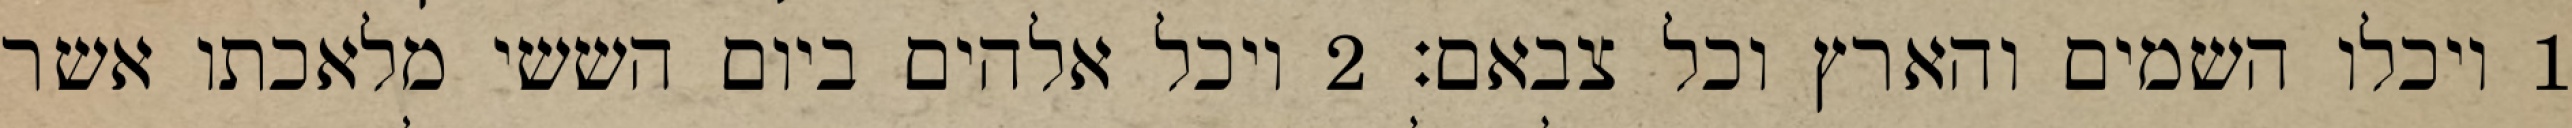
1 ויכלו השמים והארץ וכל צבאם׃ ‎2‏ ויכל אלהים ביום הששי מלאכתו אשר